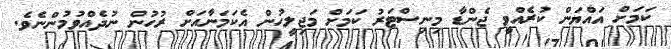
ކަމަށް އައްޔަން ކުރެއްވީ ޖެންޑާ މިނިސްޓަރު ކަމަށް މަޖިލީހުން އެކަމަނާއަށް ރުހުން ނުދެއްވުމުންނެވެ.